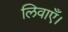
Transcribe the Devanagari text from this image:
लिवाएँ।